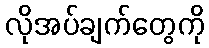
လိုအပ်ချက်တွေကို